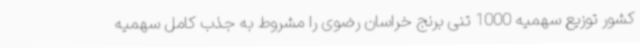
کشور توزیع سهمیه 1000 تنی برنج خراسان رضوی را مشروط به جذب کامل سهمیه